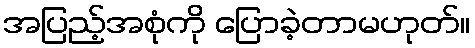
အပြည့်အစုံကို ပြောခဲ့တာမဟုတ်။